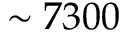
\sim 7 3 0 0